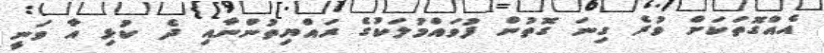
އެއްގޮތަކަށް ވުރެ ގިނަ ގޮތުން ފުވައްމުލަކުގެ ރައްޔިތުންނާއި ދެ ކުޅި އާ ވަނީ